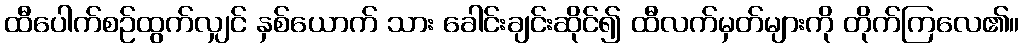
ထီပေါက်စဉ်ထွက်လျှင် နှစ်ယောက် သား ခေါင်းချင်းဆိုင်၍ ထီလက်မှတ်များကို တိုက်ကြလေ၏။